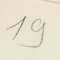
19